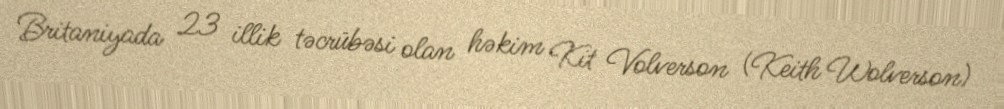
Britaniyada 23 illik təcrübəsi olan həkim Kit Volverson (Keith Wolverson)